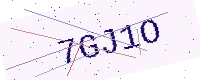
Text: 7GJ1O